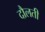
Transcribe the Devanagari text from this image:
दौलती